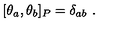
[ \theta _ { a } , \theta _ { b } ] _ { P } = \delta _ { a b } \ .